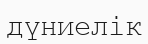
дүниелік